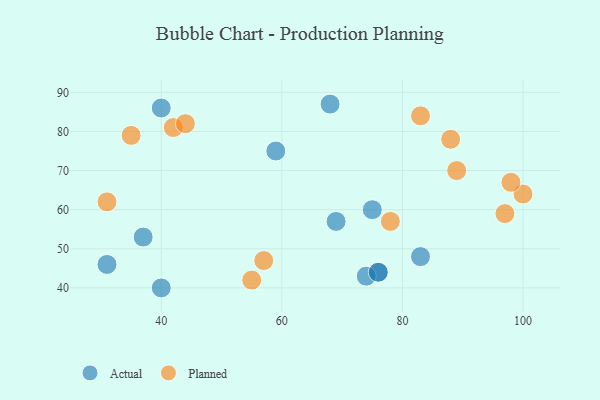
{"axis": {"x": "GDP", "y": "Life Expectancy"}, "legend": ["Actual", "Planned"], "data": [{"x": "40", "y": 86, "type": "Actual"}, {"x": "76", "y": 44, "type": "Actual"}, {"x": "59", "y": 75, "type": "Actual"}, {"x": "74", "y": 43, "type": "Actual"}, {"x": "40", "y": 40, "type": "Actual"}, {"x": "68", "y": 87, "type": "Actual"}, {"x": "76", "y": 44, "type": "Actual"}, {"x": "31", "y": 46, "type": "Actual"}, {"x": "37", "y": 53, "type": "Actual"}, {"x": "75", "y": 60, "type": "Actual"}, {"x": "69", "y": 57, "type": "Actual"}, {"x": "83", "y": 48, "type": "Actual"}, {"x": "78", "y": 57, "type": "Planned"}, {"x": "42", "y": 81, "type": "Planned"}, {"x": "35", "y": 79, "type": "Planned"}, {"x": "97", "y": 59, "type": "Planned"}, {"x": "100", "y": 64, "type": "Planned"}, {"x": "55", "y": 42, "type": "Planned"}, {"x": "98", "y": 67, "type": "Planned"}, {"x": "57", "y": 47, "type": "Planned"}, {"x": "83", "y": 84, "type": "Planned"}, {"x": "31", "y": 62, "type": "Planned"}, {"x": "44", "y": 82, "type": "Planned"}, {"x": "89", "y": 70, "type": "Planned"}, {"x": "88", "y": 78, "type": "Planned"}]}